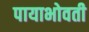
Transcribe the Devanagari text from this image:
पायाभोवती